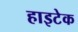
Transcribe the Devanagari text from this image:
हाइटेक